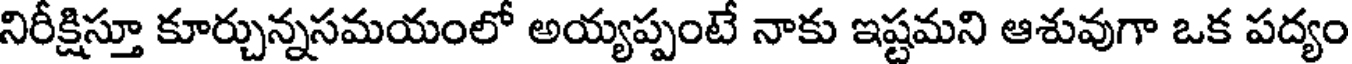
నిరీక్షిస్తూ కూర్చున్నసమయంలో అయ్యప్పంటే నాకు ఇష్టమని ఆశువుగా ఒక పద్యం